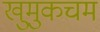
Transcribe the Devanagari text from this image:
खुमुकचम